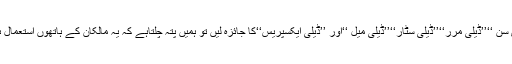
اگر ہم برطانیہ کے پانچ مرکزی جرائد ’’دی سن ‘‘’’ڈیلی مرر‘‘’’ڈیلی سٹار‘‘’’ڈیلی میل ‘‘اور ’’ڈیلی ایکسپریس‘‘کا جائزہ لیں تو ہمیں پتہ چلتاہے کہ یہ مالکان کے ہاتھوں استعمال ہونے والاپروپیگنڈے کا اہم ترین ذریعہ ہیں ۔